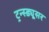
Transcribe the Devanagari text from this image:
ट्रन्स्ड्यूसर